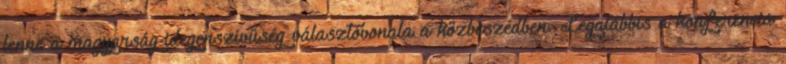
lenne a magyarság-idegenszívűség választóvonala a közbeszédben. Legalábbis a konferencia